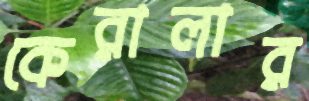
কেরালার